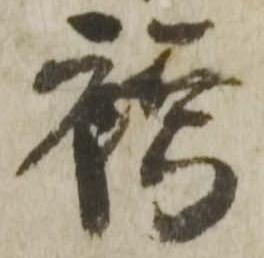
袴